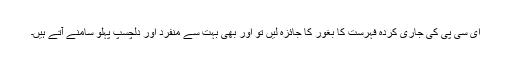
ای سی پی کی جاری کردہ فہرست کا بغور کا جائزہ لیں تو اور بھی بہت سے منفرد اور دلچسپ پہلو سامنے آتے ہیں۔